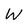
Character: W